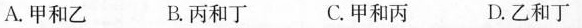
A.甲和乙 B.丙和丁 C.甲和丙 D.乙和丁